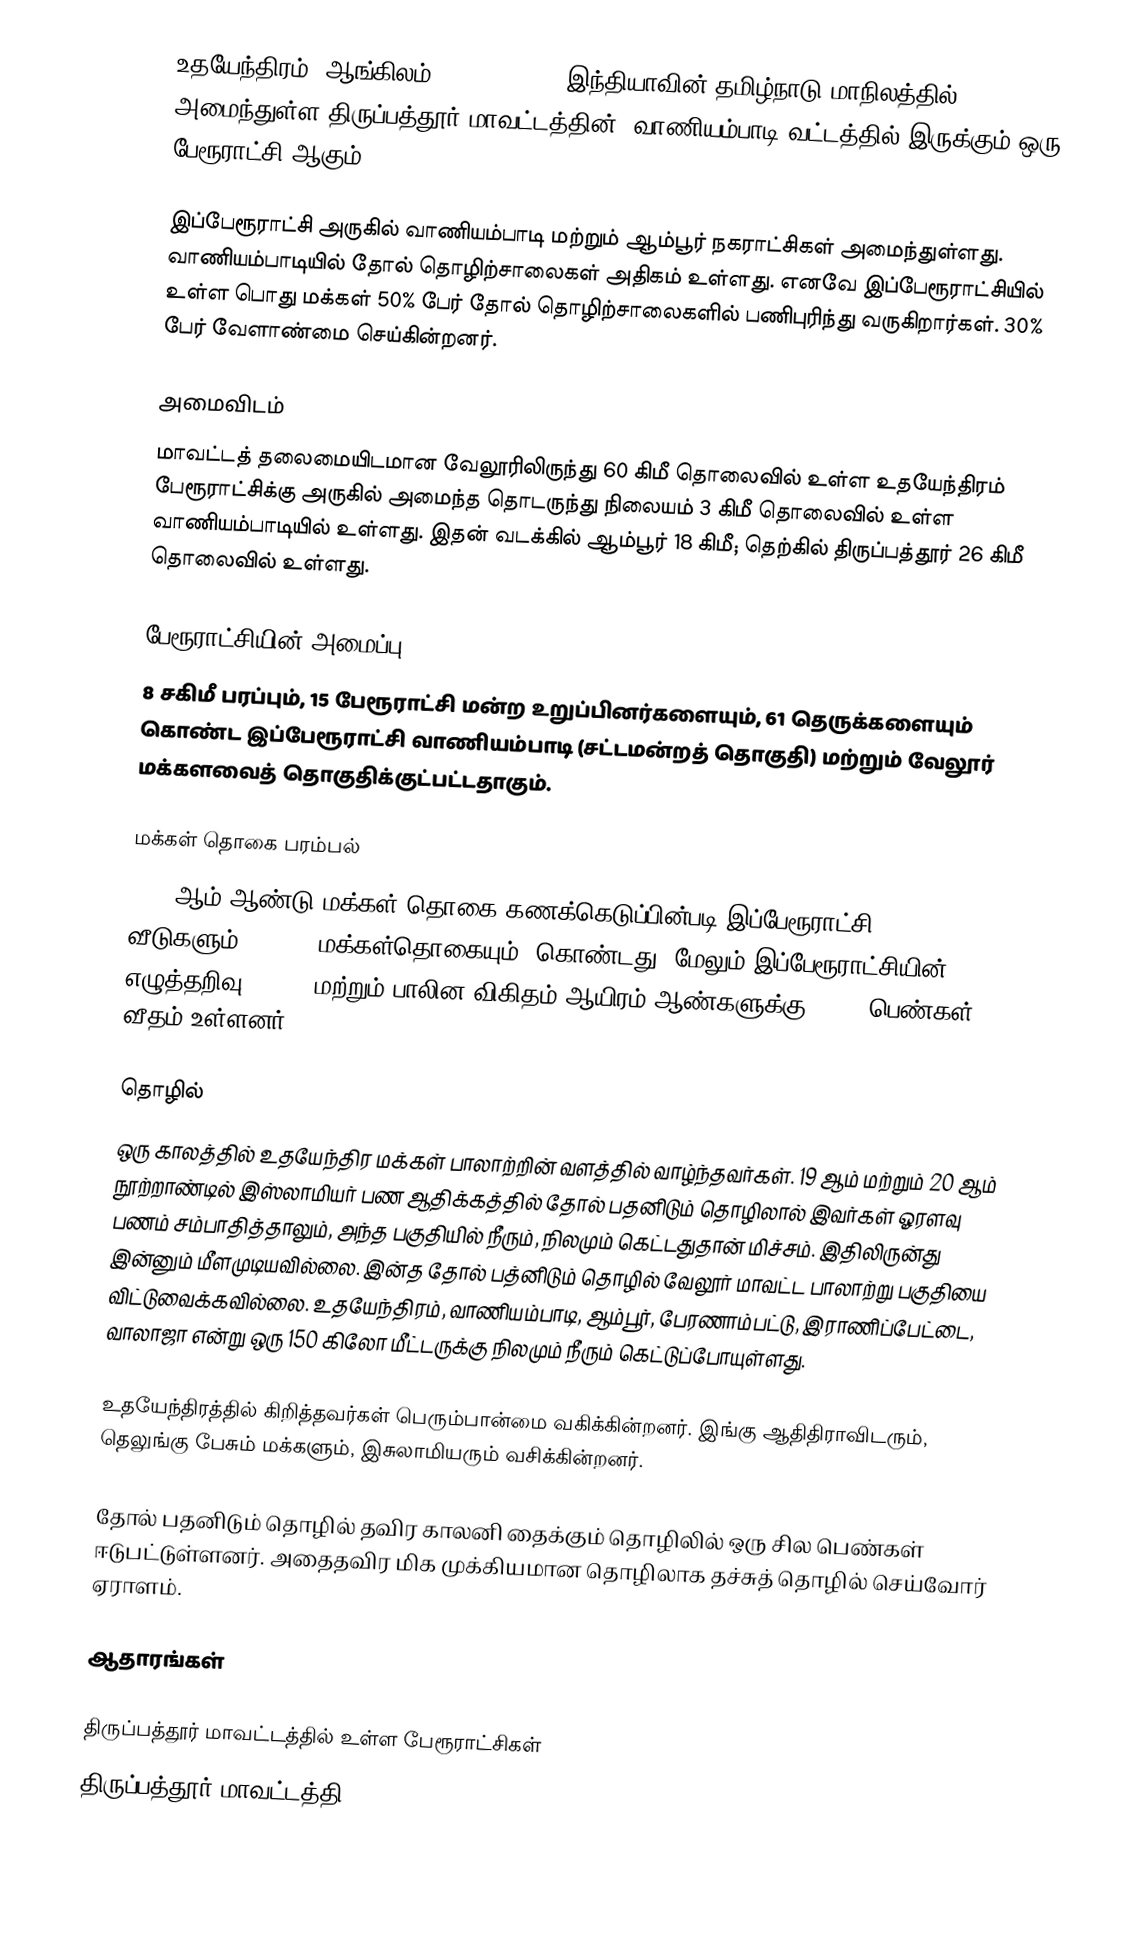
உதயேந்திரம் (ஆங்கிலம்:Uthayendram), இந்தியாவின் தமிழ்நாடு மாநிலத்தில் அமைந்துள்ள திருப்பத்தூர் மாவட்டத்தின், வாணியம்பாடி வட்டத்தில் இருக்கும் ஒரு பேரூராட்சி ஆகும்.

இப்பேரூராட்சி அருகில் வாணியம்பாடி மற்றும் ஆம்பூர் நகராட்சிகள் அமைந்துள்ளது. வாணியம்பாடியில் தோல் தொழிற்சாலைகள் அதிகம் உள்ளது. எனவே இப்பேரூராட்சியில் உள்ள பொது மக்கள் 50%  பேர் தோல் தொழிற்சாலைகளில் பணிபுரிந்து வருகிறார்கள். 30% பேர் வேளாண்மை செய்கின்றனர்.

அமைவிடம்
மாவட்டத் தலைமையிடமான வேலூரிலிருந்து 60 கிமீ தொலைவில் உள்ள உதயேந்திரம் பேரூராட்சிக்கு அருகில் அமைந்த தொடருந்து நிலையம் 3 கிமீ தொலைவில் உள்ள வாணியம்பாடியில் உள்ளது. இதன் வடக்கில் ஆம்பூர் 18 கிமீ; தெற்கில் திருப்பத்தூர் 26 கிமீ தொலைவில் உள்ளது.

பேரூராட்சியின் அமைப்பு
8 சகிமீ பரப்பும், 15  பேரூராட்சி மன்ற உறுப்பினர்களையும், 61 தெருக்களையும்  கொண்ட இப்பேரூராட்சி வாணியம்பாடி  (சட்டமன்றத் தொகுதி) மற்றும் வேலூர் மக்களவைத் தொகுதிக்குட்பட்டதாகும்.

மக்கள் தொகை பரம்பல்
2011-ஆம் ஆண்டு மக்கள் தொகை கணக்கெடுப்பின்படி   இப்பேரூராட்சி  3,062 வீடுகளும், 13,837 மக்கள்தொகையும், கொண்டது. மேலும் இப்பேரூராட்சியின் எழுத்தறிவு 83.90% மற்றும்  பாலின விகிதம்  ஆயிரம் ஆண்களுக்கு, 1021 பெண்கள் வீதம் உள்ளனர்.

தொழில்
ஒரு காலத்தில் உதயேந்திர  மக்கள் பாலாற்றின் வளத்தில் வாழ்ந்தவர்கள். 19 ஆம் மற்றும் 20 ஆம் நூற்றாண்டில் இஸ்லாமியர் பண ஆதிக்கத்தில் தோல் பதனிடும் தொழிலால் இவர்கள் ஓரளவு பணம் சம்பாதித்தாலும், அந்த பகுதியில் நீரும், நிலமும் கெட்டதுதான் மிச்சம். இதிலிருன்து இன்னும் மீளமுடியவில்லை. இன்த தோல் பத்னிடும் தொழில் வேலூர் மாவட்ட பாலாற்று பகுதியை விட்டுவைக்கவில்லை. உதயேந்திரம், வாணியம்பாடி, ஆம்பூர், பேரணாம்பட்டு, இராணிப்பேட்டை, வாலாஜா என்று ஒரு 150 கிலோ மீட்டருக்கு நிலமும் நீரும் கெட்டுப்போயுள்ளது.

உதயேந்திரத்தில் கிறித்தவர்கள் பெரும்பான்மை வகிக்கின்றனர். இங்கு ஆதிதிராவிடரும்,  தெலுங்கு பேசும் மக்களும், இசுலாமியரும் வசிக்கின்றனர்.

தோல் பதனிடும் தொழில் தவிர காலனி தைக்கும் தொழிலில் ஒரு சில பெண்கள் ஈடுபட்டுள்ளனர். அதைதவிர மிக முக்கியமான தொழிலாக தச்சுத் தொழில் செய்வோர் ஏராளம்.

ஆதாரங்கள்

திருப்பத்தூர் மாவட்டத்தில் உள்ள பேரூராட்சிகள்
திருப்பத்தூர் மாவட்டத்தி